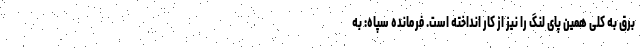
برق به کلی همین پای لنگ را نیز از کار انداخته است. فرمانده سپاه: به